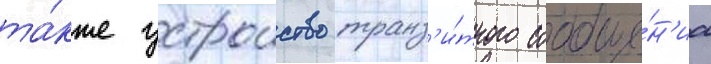
та́кже устроиство транз'и́тного сообще́н'иа